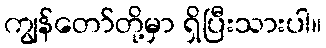
ကျွန်တော်တို့မှာ ရှိပြီးသားပါ။